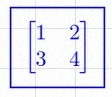
\begin{bmatrix}1&2\\3&4\end{bmatrix}